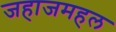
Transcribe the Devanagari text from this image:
जहाजमहल